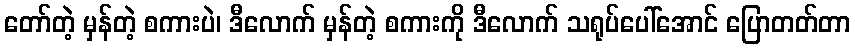
တော်တဲ့ မှန်တဲ့ စကားပဲ၊ ဒီလောက် မှန်တဲ့ စကားကို ဒီလောက် သရုပ်ပေါ်အောင် ပြောတတ်တာ